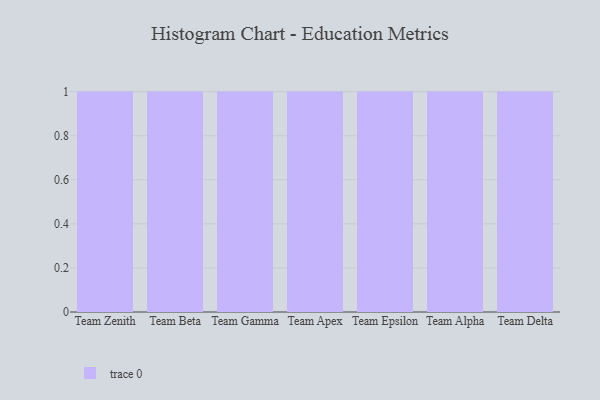
{"axis": {"x": "Team", "y": "Energy Usage (MWh)"}, "legend": [""], "data": [{"x": "Team Zenith", "y": 57, "type": ""}, {"x": "Team Beta", "y": 65, "type": ""}, {"x": "Team Gamma", "y": 87, "type": ""}, {"x": "Team Apex", "y": 17, "type": ""}, {"x": "Team Epsilon", "y": 21, "type": ""}, {"x": "Team Alpha", "y": 34, "type": ""}, {"x": "Team Delta", "y": 38, "type": ""}]}